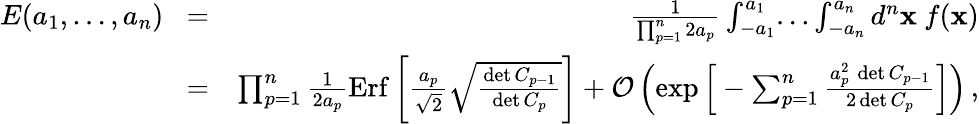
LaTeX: \begin{array}{rlr}{E(a_{1},\dots,a_{n})}&{\! =\! }&{{\frac{1}{\prod_{p=1}^{n}2a_{p}}}\int_{-a_{1}}^{a_{1}}\! \dots\int_{-a_{n}}^{a_{n}}d^{n}{\mathbf x}\ f({\mathbf x})}\\ &{\! =\! }&{\, \prod_{p=1}^{n}{\frac{1}{2a_{p}}}\mathrm{Erf}\left[{\frac{a_{p}}{\sqrt 2}}\sqrt{\frac{\operatorname*{det}C_{p-1}}{\operatorname*{det}C_{p}}}\right]+{\cal O}\left(\exp\Big[-\sum_{p=1}^{n}{\frac{a_{p}^{2}\, \operatorname*{det}C_{p-1}}{2\operatorname*{det}C_{p}}}\Big]\right)\, ,}\end{array}